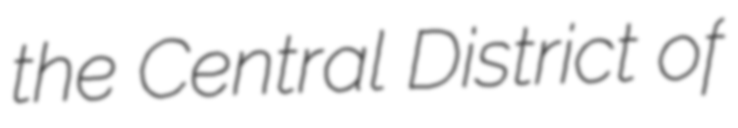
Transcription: the Central District of